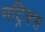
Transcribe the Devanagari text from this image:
मट्रिक्स